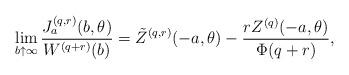
LaTeX: \begin{align*}\lim_{b \uparrow \infty}\frac {J_a^{(q,r)} (b,\theta )} {W^{(q+r)}(b)} = \tilde{Z}^{(q,r)}(-a,\theta ) - \frac {r Z^{(q)}(-a, \theta)} {\Phi(q+r)}, \end{align*}